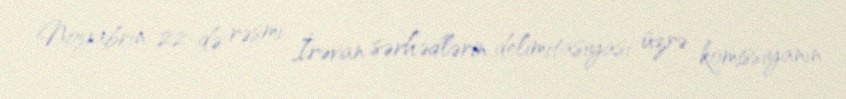
Noyabrın 22-də rəsmi İrəvan sərhədlərin delimitasiyası üzrə komissiyanın